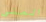
المني